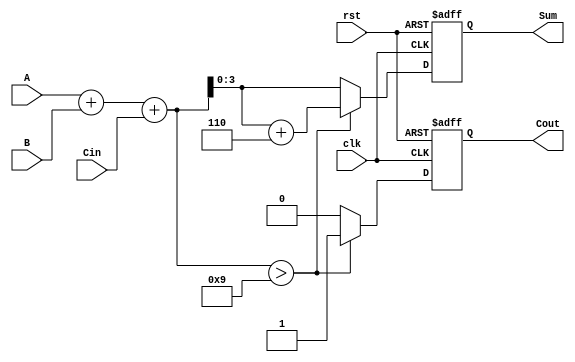
module BCD_Sequential_Adder (
    input wire clk,        // Clock signal
    input wire rst,        // Reset signal
    input wire [3:0] A,    // BCD input A
    input wire [3:0] B,    // BCD input B
    input wire Cin,        // Carry input
    output reg [3:0] Sum,  // BCD output Sum
    output reg Cout        // Carry output
);
    reg [4:0] TempSum;     // Intermediate sum (5 bits to hold carry)

    // Sequential logic to perform the BCD addition
    always @(posedge clk or posedge rst) begin
        if (rst) begin
            Sum <= 4'b0000;
            Cout <= 1'b0;
        end else begin
            // Binary addition
            TempSum = A + B + Cin;

            // Check for BCD correction
            if (TempSum > 5'b01001) begin // If TempSum > 9
                TempSum = TempSum + 5'b00110; // Add 6 for correction
                Cout <= 1'b1; // Indicate carry out
            end else begin
                Cout <= 1'b0; // No carry out
            end

            // Assign the corrected value to Sum (only the lower 4 bits)
            Sum <= TempSum[3:0];
        end
    end
endmodule